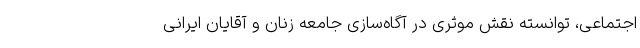
اجتماعی، توانسته نقش موثری در آگاه‌سازی جامعه زنان و آقایان ایرانی